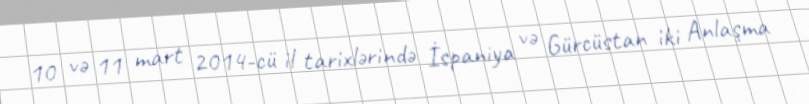
10 və 11 mart 2014-cü il tarixlərində İspaniya və Gürcüstan iki Anlaşma